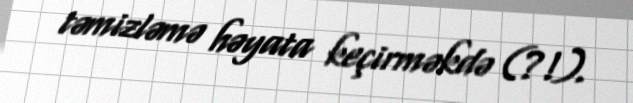
təmizləmə həyata keçirməkdə (?!).